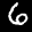
Label: 6